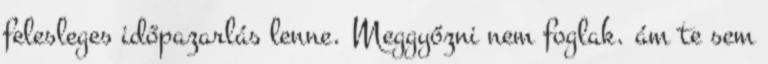
felesleges időpazarlás lenne. Meggyőzni nem foglak. ám te sem